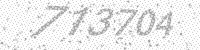
Solution: 713704